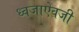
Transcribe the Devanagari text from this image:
ध्वजाऐवजी